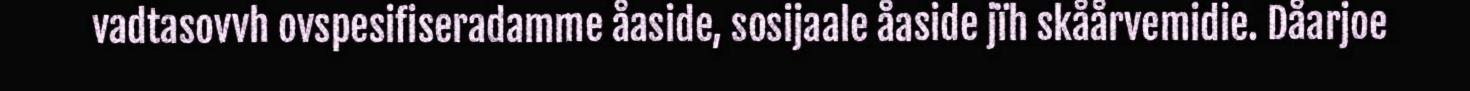
vadtasovvh ovspesifiseradamme åaside, sosijaale åaside jïh skåårvemidie. Dåarjoe